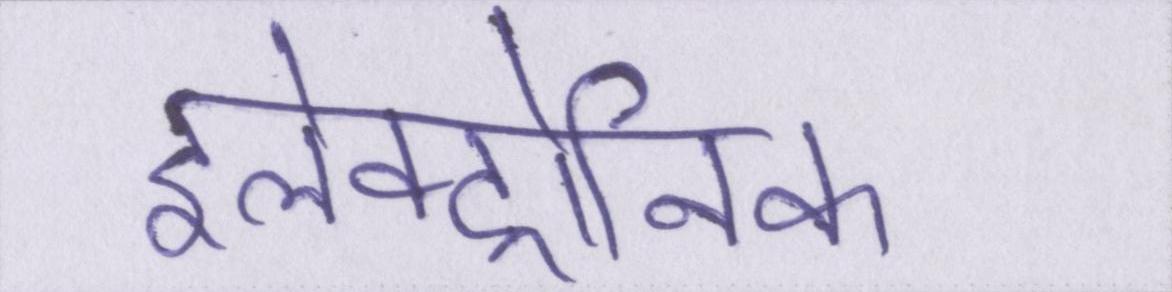
इलेक्ट्रोनिक